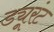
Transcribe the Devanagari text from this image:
ड्यूरंट